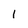
Character: 1